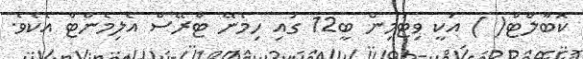
ކޮބާލްޓް( ) އަކީ ވިޓަމިން ބީ12 ގައި ހިމެނޭ ޓްރޭސް އެލިމެންޓް އެކެވެ.